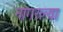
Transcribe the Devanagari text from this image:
नांगरल्या